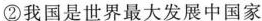
②我国是世界最大发展中国家